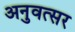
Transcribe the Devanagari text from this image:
अनुवत्सर